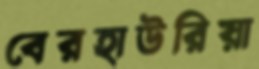
বেরহাউরিয়া